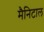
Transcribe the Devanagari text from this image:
मैनिटाल